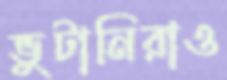
ভুটানিরাও